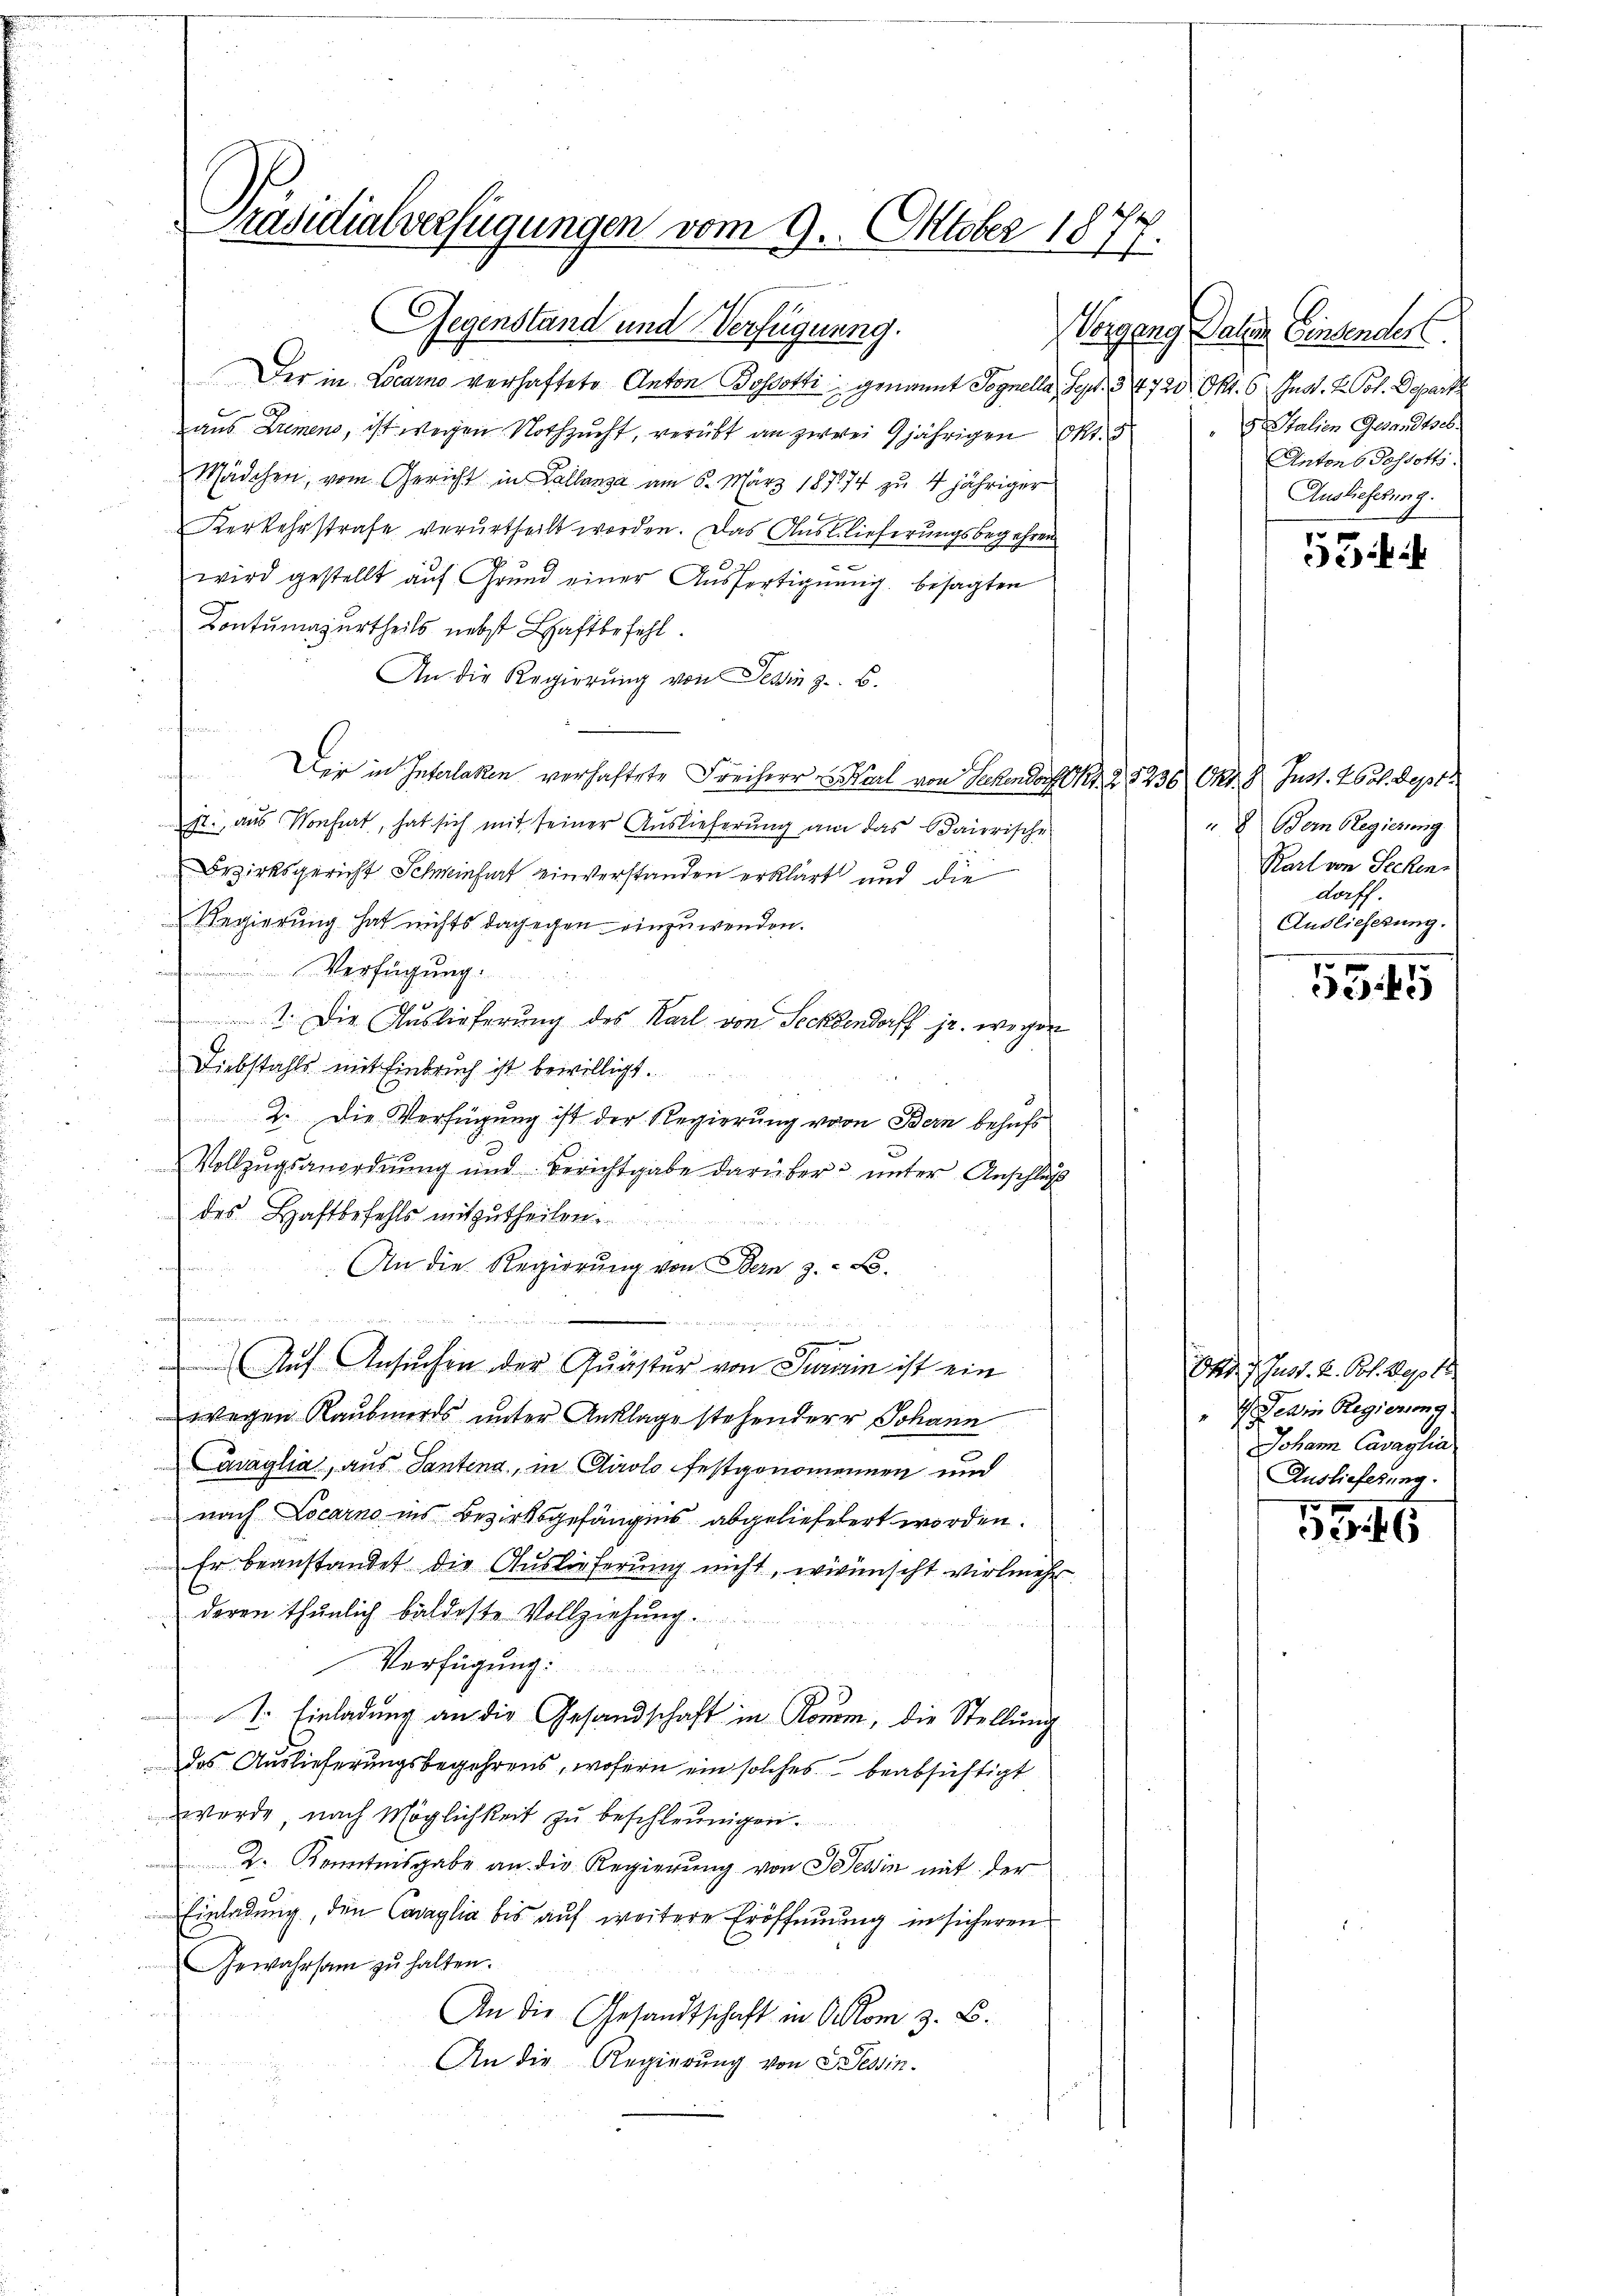
Präsidialverfügungen vom 9. Oktober 1877.

Gegenstand und Verfügung.
epag
Der in Locarno verhaftete Anton Bosotti genannt Pognella, Sept. 34. 720
aus Bremens, ist wegen Nothzucht, verübt an zwei 9jährigen Okt.
Mädchen, vom Gericht in Collanza am 6. März 187874 zu 4 jähriger
mes
Kerkehrstrafe verurtheilt worden. Das Ausblieferungsbegehren
wird gestellt aŭf Grund einer Aŭsfertigŭng besagten
Contumazurtheils nebst Schaftbefehl.
An die Regierung von Tessin z. B.
n
Der in Interlaken verhaftete Freiherr Wahl von Seckendorf Kt. Z. 8236 Okt. 8. Just. 260. Sept.
st., aus Vorfert, hat sich mit seiner Auslieferung am das daierische
Bezirksgericht Schwiefert einverstanden erklärt und die
Regierung hat nichts dagegen einzuwenden.
Verfügung.
1. Die Auslieferung des Karl von Seckendorff jr. wegen
Diebstahls mit Einbruch ist bewilligt.
2. Die Verfügung ist der Regierung vom Bern behufs
Vollzugsanordnung und Berichtgabe darüber unter Anschluß
des Haftbefehls mitzutheilen.
a zu
An die Regierung von Bern z. B.
iierten werden Geistets und die weite der |
eiin
u
i
9
Auf Ansuchen der Quäster von Jurain ist ein
wegen Raubmords unter Anklage stehenderr Johann
Casaglia, aus Santina, in Airolo festgenomennen und
nach Locarno ins Bezirksgefängnis abgeliefelert worden.
Er beanstandet die Auslieferung nicht, wünscht vielmehr
deren thunlich bäldeste Vollziehung.
Verfügung
I. Einladung an die Gesandschaft in Rouem, die Stellung
des Auslieferungsbegehrens, wofern ein solches beabsichtigt
werde, nach Möglichkeit zŭ beschleunigen.
2. Kenntnisgabe an die Regierung von Tessin mit der
Einladung, den Caraglia bis auf weitere Eröffnung in sicheren
Gewahrsam zu halten.
An die Gesandtschaft in Ockom 3. B.
An die Regierung von Tessin.

Paten Einsender
Okt. 6 Gnot. 2. Pot. Depart
 5. Stalien Gesandtsel.
Antons Passotti
Auslieferung.
55

Bern Regierung.
Karl von Secken.
dorff.
Auslieferung.

5545

Otto. 1. Just. D. Pot. Sept.
1) Jeden Regierung.
Johann Cavaglia
Auslieferung.

53. 46